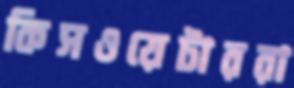
কিসওয়েটাররা